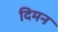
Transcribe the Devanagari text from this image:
दिमन